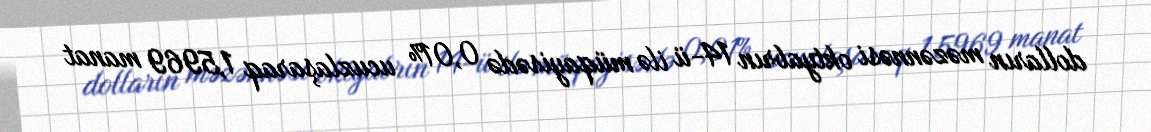
dolların məzənnəsi oktyabrın 14-ü ilə müqayisədə 0,01% ucuzlaşaraq 1,5969 manat